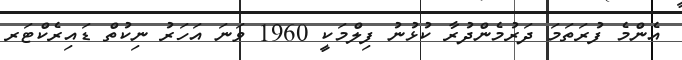
އެންމެ ފުރަތަމަ ދަރުމެންދުރާ ކުޅުނު ފިލްމަކީ 1960 ވަނަ އަހަރު ނިކުތް ޑައިރެކްޓަރ